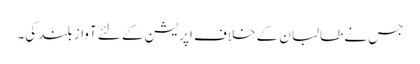
جس نے طالبان کے خلاف اپریشن کے لئے آواز بلند کی۔